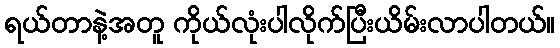
ရယ်တာနဲ့အတူ ကိုယ်လုံးပါလိုက်ပြီးယိမ်းလာပါတယ်။